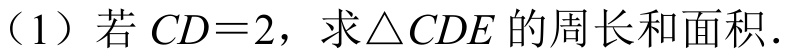
（1）若\(CD = 2\)，求\(\triangle CDE\)的周长和面积.